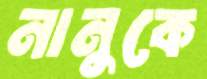
নানুকে